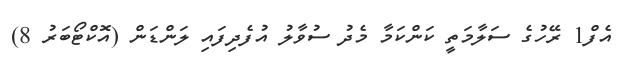
އެފް1 ރޭހުގެ ސަލާމަތީ ކަންކަމާ މެދު ސުވާލު އުފެދިފައި ލަންޑަން (އޮކްޓޯބަރު 8)